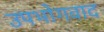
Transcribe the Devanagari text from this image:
उपभोगवाद